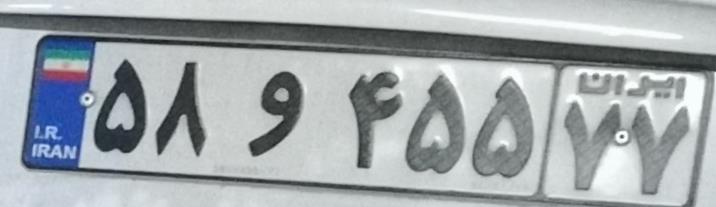
۵۸و۴۵۵۷۷